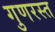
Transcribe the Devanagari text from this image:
गुणरस्त